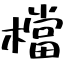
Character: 檔